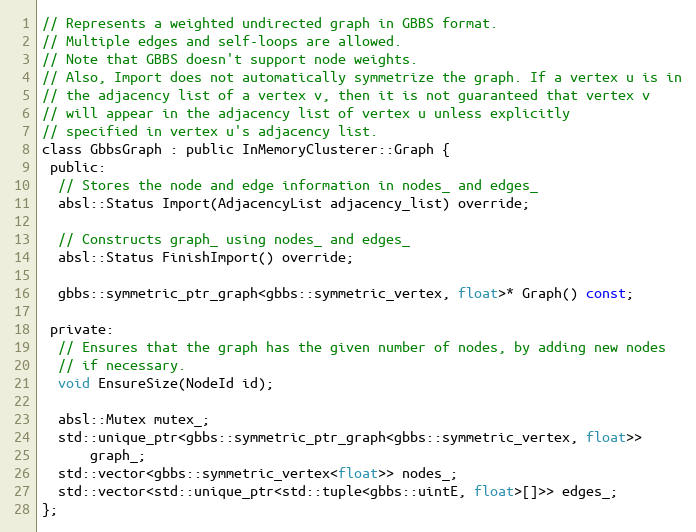
Language: C
// Represents a weighted undirected graph in GBBS format.
// Multiple edges and self-loops are allowed.
// Note that GBBS doesn't support node weights.
// Also, Import does not automatically symmetrize the graph. If a vertex u is in
// the adjacency list of a vertex v, then it is not guaranteed that vertex v
// will appear in the adjacency list of vertex u unless explicitly
// specified in vertex u's adjacency list.
class GbbsGraph : public InMemoryClusterer::Graph {
 public:
  // Stores the node and edge information in nodes_ and edges_
  absl::Status Import(AdjacencyList adjacency_list) override;

  // Constructs graph_ using nodes_ and edges_
  absl::Status FinishImport() override;

  gbbs::symmetric_ptr_graph<gbbs::symmetric_vertex, float>* Graph() const;

 private:
  // Ensures that the graph has the given number of nodes, by adding new nodes
  // if necessary.
  void EnsureSize(NodeId id);

  absl::Mutex mutex_;
  std::unique_ptr<gbbs::symmetric_ptr_graph<gbbs::symmetric_vertex, float>>
      graph_;
  std::vector<gbbs::symmetric_vertex<float>> nodes_;
  std::vector<std::unique_ptr<std::tuple<gbbs::uintE, float>[]>> edges_;
};